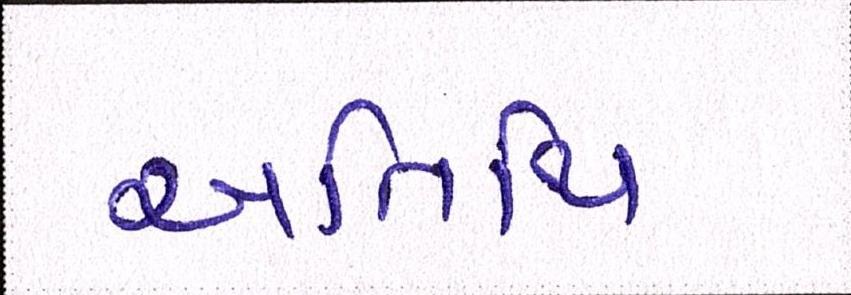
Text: અતિથિ